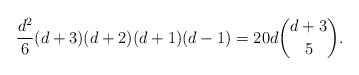
\begin{align*}\frac{d^{2}}{6}(d+3)(d+2)(d+1)(d-1)=20d\binom{d+3}{5}.\end{align*}